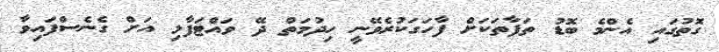
ގޮތުގައި އެންމެ ބޮޑު ތަފާތަކަށް ފާހަގަކުރެވޭނީ ހިދުމަތް ދޭ ވައްޓަފާޅި އަށް ގެނެސްފައިވާ